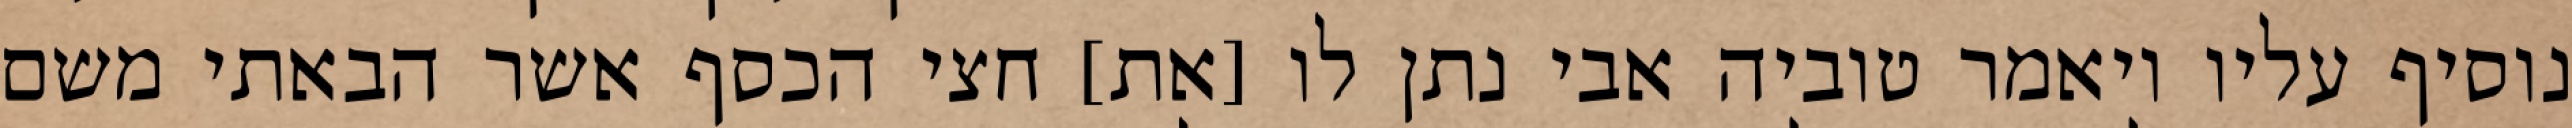
נוסיף עליו ויאמר טוביה אבי נתן לו [את] חצי הכסף אשר הבאתי משם